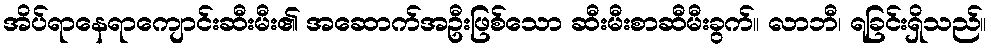
အိပ်ရာနေရာကျောင်းဆီးမီး၏ အဆောက်အဦးဖြစ်သော ဆီးမီးစာဆီမီးခွက်။ လာဘီ၊ ရခြင်းရှိသည်။